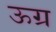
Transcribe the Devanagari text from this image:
ऊग्र